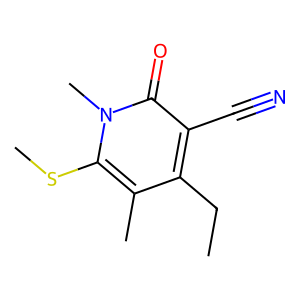
SMILES: CCc1c(C)c(SC)n(C)c(=O)c1C#N
Inhibits HIV replication: No